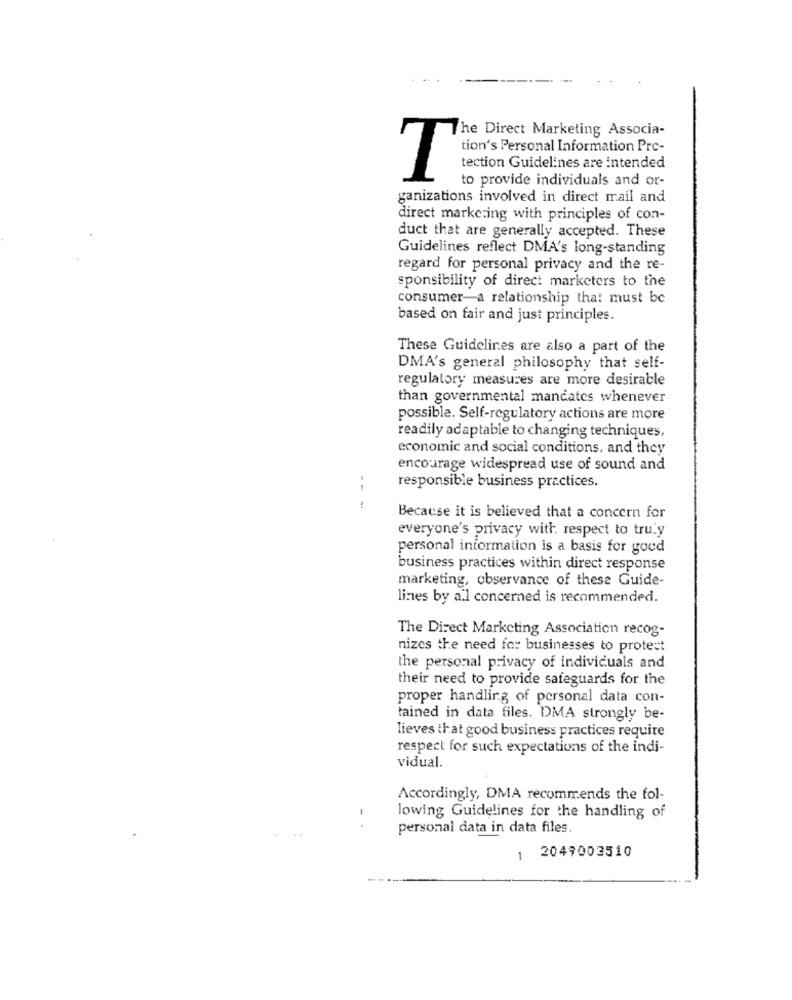
The Direct Marketing Associa-
tion's Personal Information Prc-
tection Guidelines are intended
T
to provide individuals and or-
ganizations involved in direct mail and
direct marketing with principles of con-
duct that are generally accepted. These
Guidelines reflect DMA's long-standing
regard for personal privacy and the re-
sponsibility of direct marketers to the
consumer-a relationship that must be
based on fair and just principles.
These Guidelines are also a part of the
DMA's general philosophy that self-
regulatory measures are more desirable
than governmental mandates whenever
possible. Self-regulatory actions are more
readily adaptable to changing techniques,
economic and social conditions, and they
encourage widespread use of sound and
responsible business practices.
-- -
Because it is believed that a concern for
everyone's privacy with respect to truly
personal information is a basis for goud
business practices within direct response
marketing, observance of these Guide-
lines by all concerned is recommended.
The Direct Marketing Association recog-
nizes the need for businesses to protect
the personal privacy of individuals and
their need to provide safeguards for the
proper handling of personal data con-
tained in data files. DMA strongly be-
lieves that good business practices require
respect for such expectations of the indi-
vidual.
Accordingly, DMA recommends the fol-
lowing Guidelines for the handling of
personal data in data files.
2049003510
1